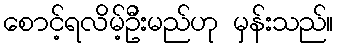
စောင့်ရလိမ့်ဦးမည်ဟု မှန်းသည်။